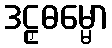
ဒဠှဓမ္မော